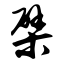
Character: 檗